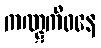
ကဏ္ဋကီဝနေ